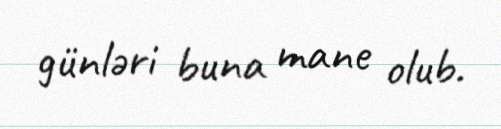
günləri buna mane olub.